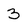
Character: 3